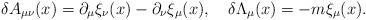
LaTeX: \begin{align*}\delta A_{\mu\nu}(x) = \partial_\mu \xi_\nu(x) - \partial_\nu \xi_\mu(x) ,\quad \delta \Lambda_\mu(x) = - m \xi_\mu(x) .\end{align*}